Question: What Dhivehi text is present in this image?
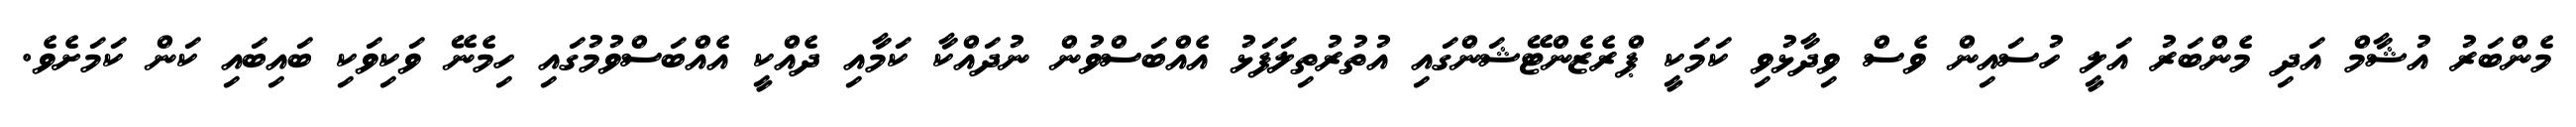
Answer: މެންބަރު އުޝާމް އަދި މެންބަރު އަލީ ހުސައިން ވެސް ވިދާޅުވި ކަމަކީ ޕްރެޒެންޓޭޝަންގައި އުތުރުތިލަފަޅު އެއްބަސްވުން ނުދައްކާ ކަމާއި ދެއްކީ އެއްބަސްވުމުގައި ހިމެނޭ ވަކިވަކި ބައިބައި ކަން ކަމަށެވެ.